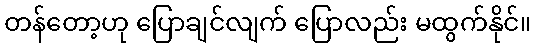
တန်တော့ဟု ပြောချင်လျက် ပြောလည်း မထွက်နိုင်။